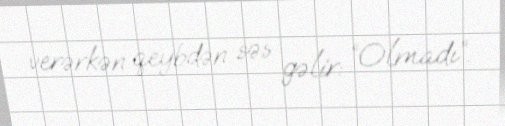
verərkən qeybdən səs gəlir: “Olmadı”.